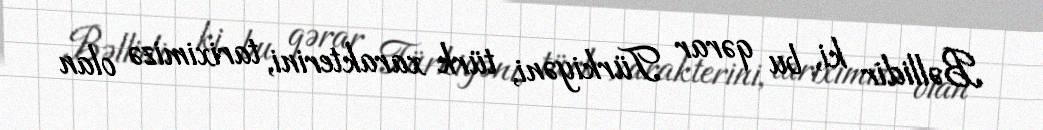
Bəllidir ki, bu qərar Türkiyəni, türk xarakterini, tariximizə olan